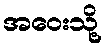
အဝေးသို့